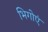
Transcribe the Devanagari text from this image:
भिगोएं